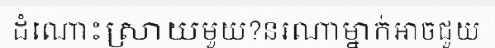
ដំណោះស្រាយមួយ?នរណាម្នាក់អាចជួយ